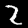
Digit: 2